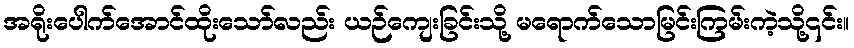
အရိုးပေါက်အောင်ထိုးသော်လည်း ယဉ်ကျေးခြင်းသို့ မရောက်သောမြင်းကြမ်းကဲ့သို့၎င်း။